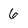
Character: 6